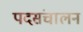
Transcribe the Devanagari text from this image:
पदसंचालन